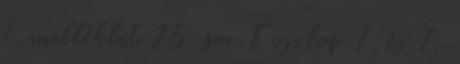
1. melléklet 25. sor F oszlop 1. és 7.